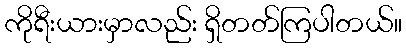
ကိုရီးယားမှာလည်း ရှိတတ်ကြပါတယ်။